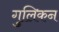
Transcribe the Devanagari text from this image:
गुलिकन